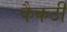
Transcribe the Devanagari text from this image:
कैकटी